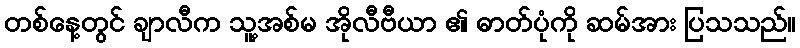
တစ်နေ့တွင် ချာလီက သူ့အစ်မ အိုလီဗီယာ ၏ ဓာတ်ပုံကို ဆမ်အား ပြသသည်။